Bombay plague: being a history of the progress of plague in the Bombay presidency from September 1896 to June 1899
Year: 1896
Disease focus: Plague
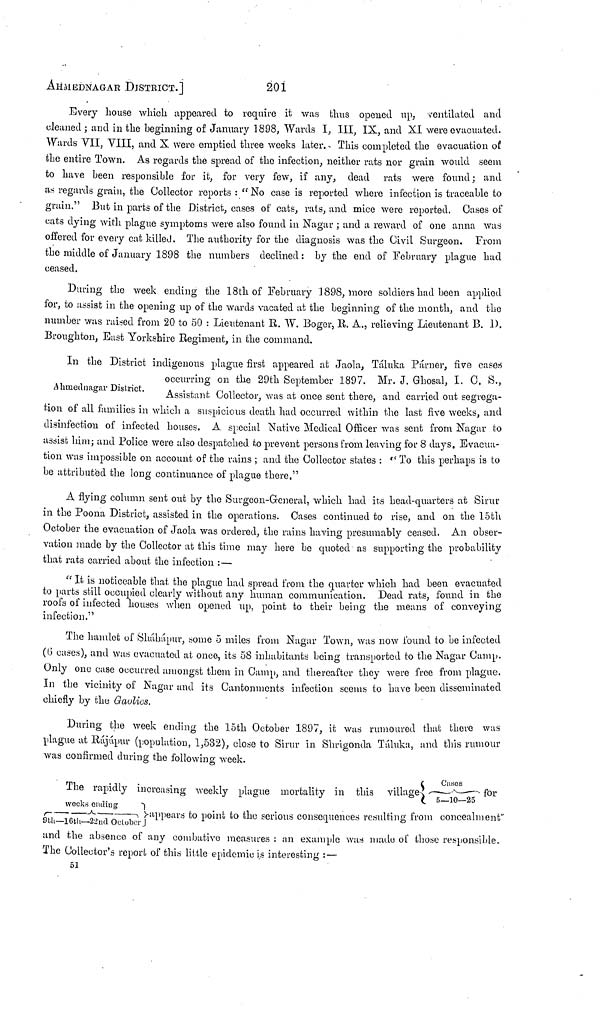
AHMEDNAGAR DISTRICT.]
201
Every bouse which appeared to require it was thus opened up, ventilated and
cleaned ; and in the beginning of January 1898, Wards I, III, IX, and XI were evacuated.
Wards VII, VIII, and X were emptied three weeks later. This completed the evacuation of
the entire Town. As regards the spread of the infection, neither rats nor grain would seem
to bave been responsible for it, for very few, if any, dead rats were found; and
as regards grain, the Collector reports : " No case is reported where infection is traceable to
grain." But in parts of the District, cases of cats, rats, and mice \vere reported. Oases of
cats dying with plague symptoms were also found in Nagar ; and a reward of one anna was
offered for every cat killed. The authority for the diagnosis was the Civil Surgeon. From
the middle of January 1898 the numbers declined: by the end of February plague bad
ceased.
During the week ending the 18th of February 1898, more soldiers had been applied
for, to assist in the opening up of the wards vacated at the beginning of the month, and the
number was raised from 20 to 50 : Lieutenant R. W. Boger, R. Α., relieving Lieutenant Β. D.
Broughton, East Yorkshire Regiment, in the command.
Ahmednagar District.
In the District indigenous plague first appeared at Jaola, Táluka Panier, five cases
occurring on the 29th September 1897. Mr. J. Ghosal, I. C. S.,
Assistant Collector, was at once sent there, and carried out segrega-
tion of all families in which a suspicions death had occurred within the last five weeks, and
disinfection of infected houses. A special "Native Medical Officer was sent from Nagar to
assist him; and Police were also despatched to prevent persons from leaving for 8 days. Evacua-
tion was impossible on account of the rains ; and the Collector states : "To this perhaps is to
be attributed the long continuance of plague there."
A flying column sent out by the Surgeon-General, which had its head-quarters at Sirur
in the Poona District, assisted in the operations. Cases continued to rise, and on the 15th
October the evacuation of Jaola was ordered, the rains having presumably ceased. An obser-
vation made by the Collector at this time may here be quoted as supporting the probability
that rats carried about the infection :—
" It is noticeable that the plague had spread from the quarter which had been evacuated
to parts still occupied clearly without any human communication. Dead rats, found in the
roofs of infected houses when opened up, point to their being the means of conveying
infection."
The hamlet of Sháhápur, some 5 miles from Nagar Town, was now found to be infected
(6 cases), and was evacuated at once, its 58 inhabitants being transported to the Nagar Camp.
Only one case occurred amongst them in Camp, and thereafter they were free from plague.
In the vicinity of Nagar and its Cantonments infection seems to have been disseminated
chiefly by the Gaolies.
During the week ending the 15th October 1897, it was rumoured that there was
plague at Rújápur (population, 1,532), close to Sirur in Shrigonda Táluka, and this rumour
was confirmed during the following week.
.
Cases
The rapidly increasing weekly plague mortality in this village
5-10-25
weeks ending
9th—16th—22nd October appears to point to the serious consequences resulting from concealment"
and the absence of any combative measures : an example was made of those responsible.
The Collector's report of this little epidemic is interesting : —
51